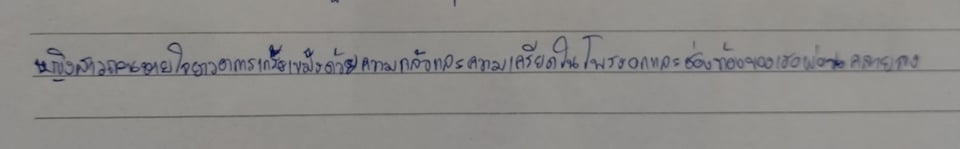
หญิงสาวถอนหายใจยาวอาการเกร็งเขม็งด้วยความกลัวกับความเครียดในโพรงอกและช่องท้องของเธอผ่อนคลายลง